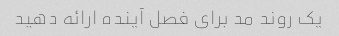
یک روند مد برای فصل آینده ارائه دهید